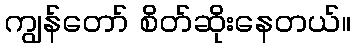
ကျွန်တော် စိတ်ဆိုးနေတယ်။